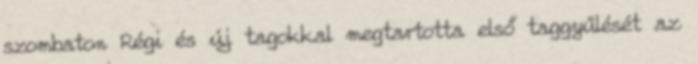
szombaton Régi és új tagokkal megtartotta első taggyűlését az